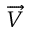
\overrightarrow { V }